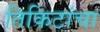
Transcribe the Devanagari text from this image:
तिकिटांचा